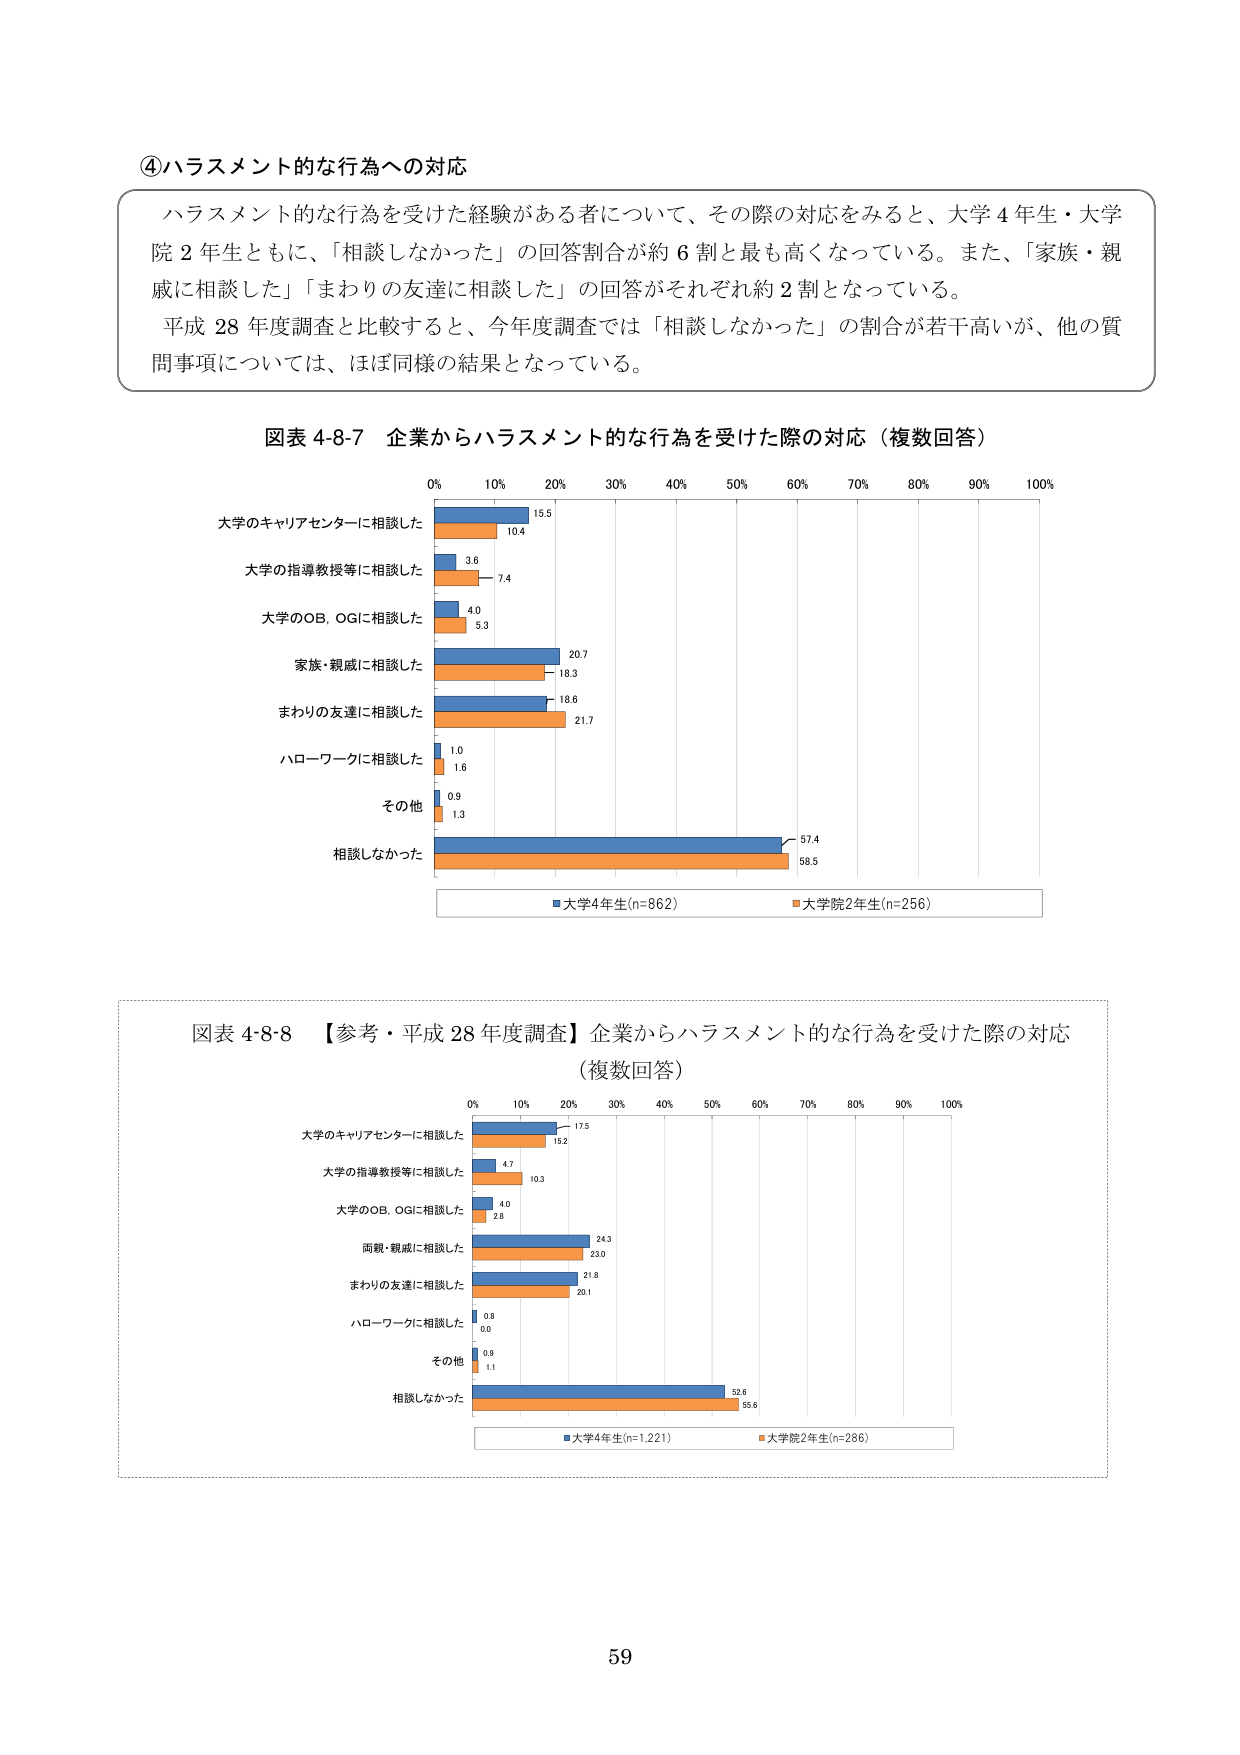
④ハラスメント的な行為への対応

ハラスメント的な行為を受けた経験がある者について、その際の対応をみると、大学4年生・大学院2年生ともに、「相談しなかった」の回答割合が約6割と最も高くなっている。また、「家族・親戚に相談した」「まわりの友達に相談した」の回答がそれぞれ約2割となっている。

平成28年度調査と比較すると、今年度調査では「相談しなかった」の割合が若干高いが、他の質問事項については、ほぼ同様の結果となっている。

図表4-8-7 企業からハラスメント的な行為を受けた際の対応（複数回答）

0% 10% 20% 30% 40% 50% 60% 70% 80% 90% 100%

大学のキャリアセンターに相談した
15.5
10.4

大学の指導教授等に相談した
3.6
7.4

大学のOB, OGに相談した
4.0
5.3

家族・親戚に相談した
20.7
18.3

まわりの友達に相談した
18.6
21.7

ハローワークに相談した
1.0
1.6

その他
0.9
1.3

相談しなかった
57.4
58.5

■大学4年生(n=862) ■大学院2年生(n=256)

図表4-8-8 【参考・平成28年度調査】企業からハラスメント的な行為を受けた際の対応（複数回答）

0% 10% 20% 30% 40% 50% 60% 70% 80% 90% 100%

大学のキャリアセンターに相談した
17.5
15.2

大学の指導教授等に相談した
4.7
10.3

大学のOB, OGに相談した
4.0
2.8

両親・親戚に相談した
24.3
23.0

まわりの友達に相談した
21.8
20.1

ハローワークに相談した
0.8
0.0

その他
0.8
1.1

相談しなかった
52.8
55.8

■大学4年生(n=1,221) ■大学院2年生(n=286)

59